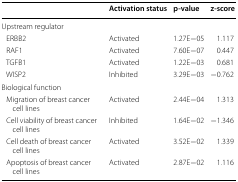
|  | Activation status | p-value | z-score |
 | --- | --- | --- | --- |
 | <COLSPAN=4> Upstream regulator |
 | ERBB2 | Activated | 1.27E−05 | 1.117 |
 | RAF1 | Activated | 7.60E−07 | 0.447 |
 | TGFB1 | Activated | 1.22E−03 | 0.681 |
 | WISP2 | Inhibited | 3.29E−03 | −0.762 |
 | <COLSPAN=4> Biological function |
 | Migration of breast cancer cell lines | Activated | 2.44E−04 | 1.313 |
 | Cell viability of breast cancer cell lines | Inhibited | 1.64E−02 | −1.346 |
 | Cell death of breast cancer cell lines | Activated | 3.52E−02 | 1.339 |
 | Apoptosis of breast cancer cell lines | Activated | 2.87E−02 | 1.116 |